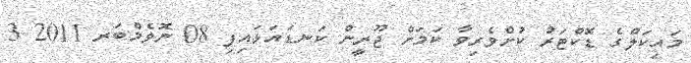
މައިކަލްގެ ޑޮކްޓަރު ކުށްވެރިވާ ކަމަށް ޖޫރީން ކަނޑައަޅައިފި 08 ނޮވެމްބަރ 2011 3